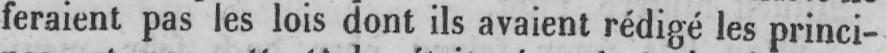
feraient pas les lois dont ils avaient rédigé les princi-